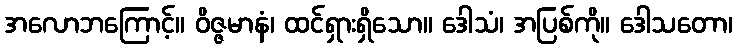
အလောဘကြောင့်။ ဝိဇ္ဇမာနံ၊ ထင်ရှားရှိသော။ ဒေါသံ၊ အပြစ်ကို။ ဒေါသတော၊